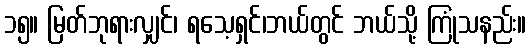
၁၅။ မြတ်ဘုရားလျှင်၊ ရသေ့ရှင်၊ဘယ်တွင် ဘယ်သို့ ကြုံသနည်း။